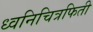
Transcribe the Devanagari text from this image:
ध्वनिचित्रफिती